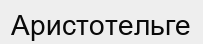
Аристотельге